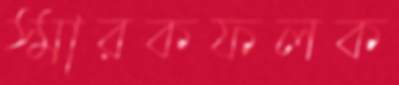
স্মারকফলক